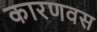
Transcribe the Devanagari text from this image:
कारणवस